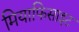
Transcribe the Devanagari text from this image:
मियाफिसाइट